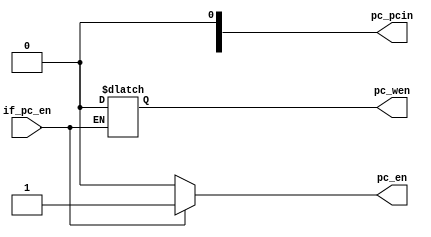
module core_reg_pc_mux (
    //IF
    input               if_pc_en,
    //PC Control
    output reg          pc_en,
    output reg          pc_wen,
    output reg[31:0]    pc_pcin
);

always @(*) begin
    if(if_pc_en) begin
        pc_en   =   1'b1;
        pc_wen  =   1'b0;
    end else begin
        pc_en   =   1'b0;
    end
end

endmodule